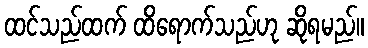
ထင်သည်ထက် ထိရောက်သည်ဟု ဆိုရမည်။